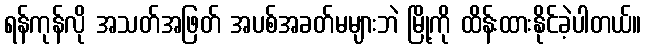
ရန်ကုန်လို အသတ်အဖြတ် အပစ်အခတ်မများဘဲ မြို့ကို ထိန်းထားနိုင်ခဲ့ပါတယ်။